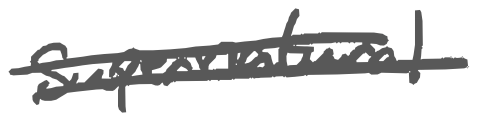
Text: supernatural
Cross-out: mix
Writing tool: digital_gray